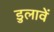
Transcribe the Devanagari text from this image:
डुलावें